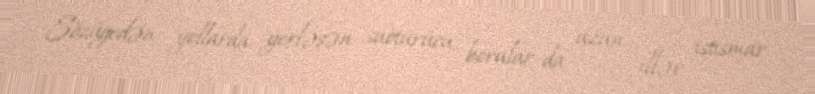
Sözügedən yollarda yerləşən suötürücü borular da uzun illər istismar